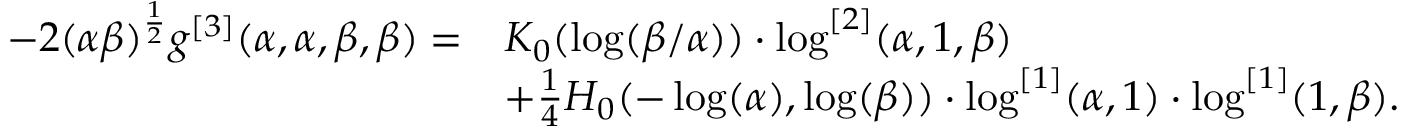
\begin{array} { r l } { - 2 ( \alpha \beta ) ^ { \frac 1 2 } g ^ { [ 3 ] } ( \alpha , \alpha , \beta , \beta ) = } & { K _ { 0 } ( \log ( \beta / \alpha ) ) \cdot \log ^ { [ 2 ] } ( \alpha , 1 , \beta ) } \\ & { + \frac 1 4 H _ { 0 } ( - \log ( \alpha ) , \log ( \beta ) ) \cdot \log ^ { [ 1 ] } ( \alpha , 1 ) \cdot \log ^ { [ 1 ] } ( 1 , \beta ) . } \end{array}